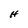
Character: H